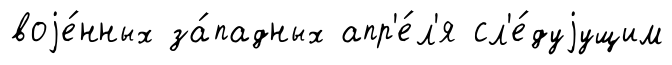
воjе́нных за́падных апр'е́л'я сл'е́дуjущим